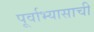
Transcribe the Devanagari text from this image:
पूर्वाभ्यासाची